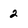
Character: 2